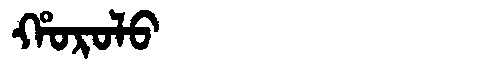
Manchu: ᡥᠣᡵᠣᠯᠣ
Romanization: HOROLO